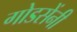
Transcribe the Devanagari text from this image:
गोडसेंनी